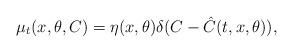
LaTeX: \begin{align*} \mu_t(x,\theta,C) = \eta(x,\theta) \delta(C-\hat{C}(t,x,\theta)),\end{align*}